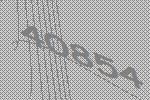
40854